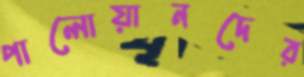
পালোয়ানদের